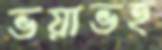
ভয়াভহ